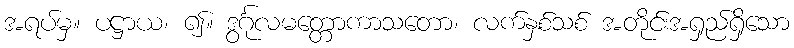
အရပ်မှ။ ပဋ္ဌာယ၊ ၍။ ဒွင်္ဂုလမတ္တောကာသတော၊ လက်နှစ်သစ် အတိုင်းအရှည်ရှိသော